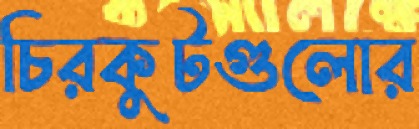
চিরকুটগুলোর